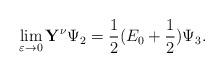
LaTeX: \begin{align*}\lim_{\varepsilon\to0}\mathbf{Y}^\nu\Psi_2=\frac{1}{2}(E_0+\frac{1}{2})\Psi_3.\end{align*}